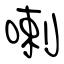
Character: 喇